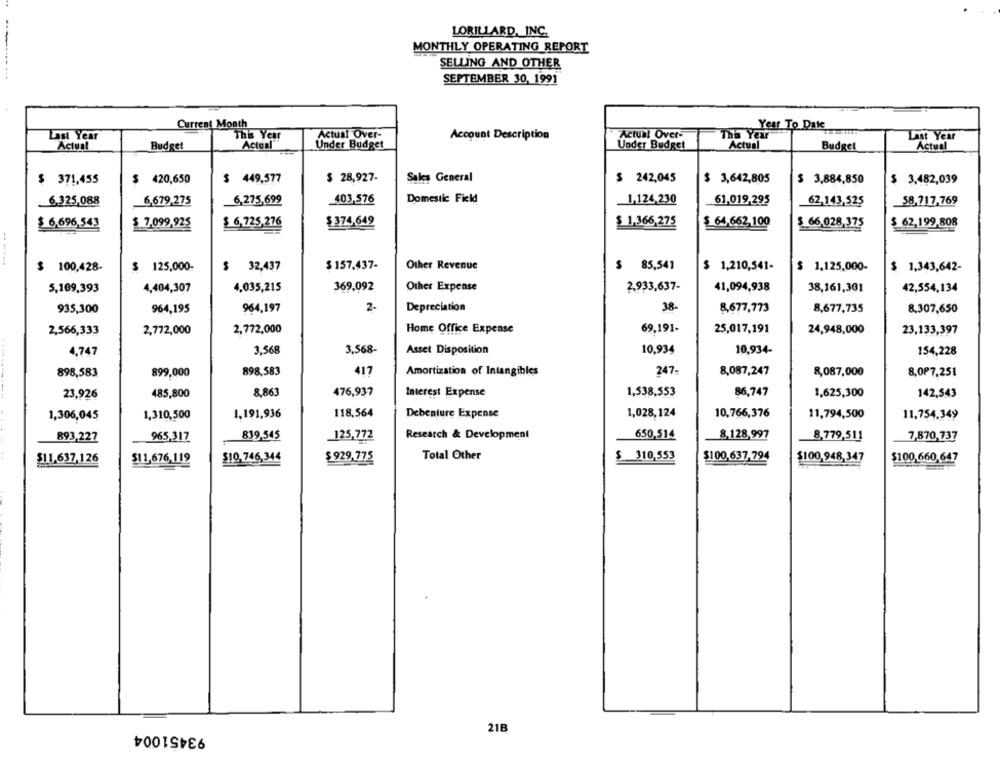
LORILLARD, INC.
MONTHLY OPERATING REPORT
SELLING AND OTHER
SEPTEMBER 30, 1991
Current Month
Year To Date
Last Year
The Year
Actual Over-
Account Description
Actual Over-
Tha Yeur
Last Year
Actual
Budget
Actual
Under Budget
Under Budget
Actual
Budget
Actual
$ 371,455
$ 420,650
$ 449,577
$ 28,927-
Sales General
$ 242,045
$ 3,642,805
$ 3,884,850
$ 3,482,039
403,576
Domestic Field
6.325,088
6,679,275
6,275,699
1,124,230
61,019,295
62.143,525
_58,717,769
$374.649
$ 1,366,275
$ 64,662.100
$ 62,199,808
$ 6,696,543
$ 7,099,925
$ 6,725,276
$ 66,028.375
$ 100,428-
$ 125,000-
$ 32,437
$ 157,437-
Other Revenue
$ 85,541
$ 1,210,541-
$ 1,125,000-
$ 1,343,642-
5,109,393
4,404,307
4,035,215
369,092
Other Expense
2,933,637-
41,094,938
38,161,301
42,554,134
38-
935,300
964,195
964,197
2-
Depreciation
8,677,773
8,677,735
8,307,650
69,191-
25,017,191
24,948,000
23,133,397
2,566,333
2,772,000
2,772,000
Home Office Expense
4,747
3,568
3,568-
Asset Disposition
10,934
10,934-
154,228
898,583
899,000
898.583
417
Amortization of Intangibles
247-
8,087,247
8,087,000
8,087,251
--------
23,926
485,800
8,863
476,937
Interest Expense
1,538,553
86,747
1,625,300
142,543
118,564
Debenture Expense
1,028,124
10,766,376
11,794,500
1,306,045
1,310,500
1,191,936
11,754.349
965,317
839,545
125,772
Research & Development
650,514
8,128,997
8,779,511
7,870,737
893,227
$11,637,126
$11,676,119
$10, 746,344
$ 929,775
Total Other
$ 310,553
$100,637.794
$100,948,347
$100,660,647
93451004
21B